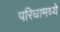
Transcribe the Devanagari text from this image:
परिघामध्ये